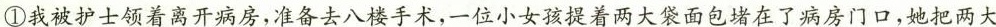
①我被护士领着离开病房，准备去八楼手术，一位小女孩提着两大袋面包堵在了病房门口，她把两大